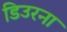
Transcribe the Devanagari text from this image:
डिउरना